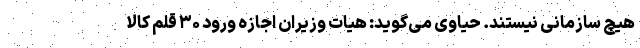
هیچ سازمانی نیستند. حیاوی می‌گوید: هیات وزیران اجازه ورود ۳۰ قلم کالا